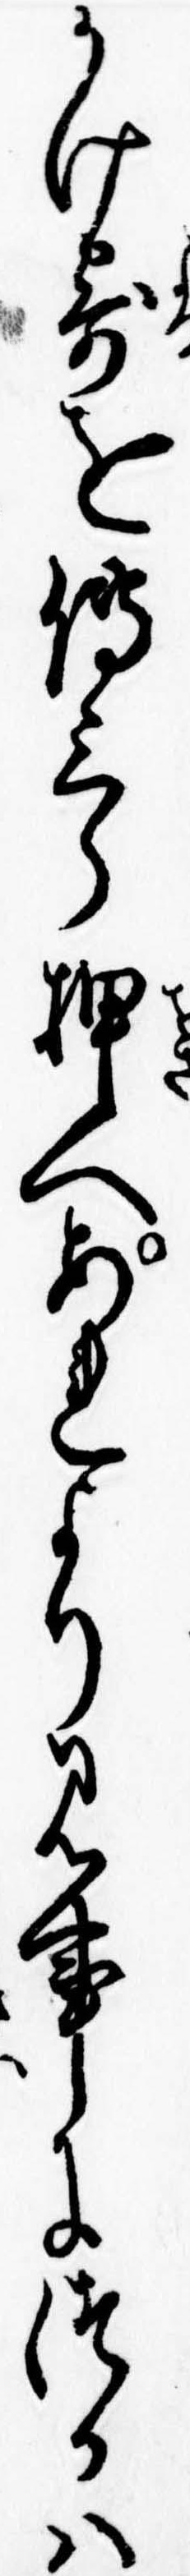
かけ寄を伝三郎押へあれより見事につかは